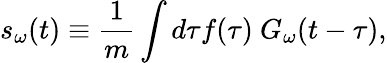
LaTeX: s_{\omega}(t)\equiv\frac{1}{m}\int d\tau f(\tau)\ G_{\omega}(t-\tau),